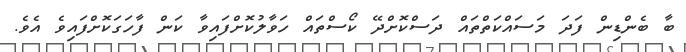
ބާ ބެންޑިން ފަދަ މަސައްކަތްތައް ދަސްކޮށްދޭ ކޯސްތައް ހަވާލުކޮށްފައިވާ ކަން ފާހަގަކޮށްފައިވެ އެވެ.